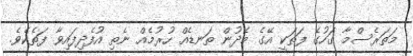
މަތަރެސްމާ ގަހުގެ ފަތަކީ އޭގެ މެދުން ތަނޑެއް ހުރުމެއް ނެތި އުފެދިފައިވާ ފަތެކެވެ.